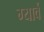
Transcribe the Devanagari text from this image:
ग्यार्वे